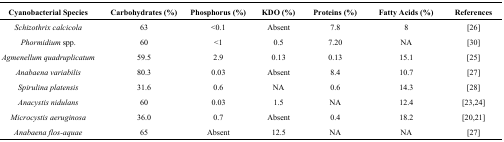
| Cyanobacterial Species | Carbohydrates (%) | Phosphorus (%) | KDO (%) | Proteins (%) | Fatty Acids (%) | References |
 | --- | --- | --- | --- | --- | --- | --- |
 | Schizothrix calcicola | 63 | <0.1 | Absent | 7.8 | 8 | [26] |
 | Phormidium spp. | 60 | <1 | 0.5 | 7.20 | NA | [30] |
 | Agmenellum quadruplicatum | 59.5 | 2.9 | 0.13 | 0.13 | 15.1 | [25] |
 | Anabaena variabilis | 80.3 | 0.03 | Absent | 8.4 | 10.7 | [27] |
 | Spirulina platensis | 31.6 | 0.6 | NA | 0.6 | 14.3 | [28] |
 | Anacystis nidulans | 60 | 0.03 | 1.5 | NA | 12.4 | [23,24] |
 | Microcystis aeruginosa | 36.0 | 0.7 | Absent | 0.4 | 18.2 | [20,21] |
 | Anabaena flos-aquae | 65 | Absent | 12.5 | NA | NA | [27] |